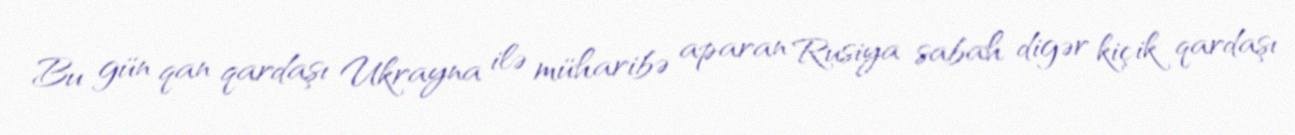
Bu gün qan qardaşı Ukrayna ilə müharibə aparan Rusiya sabah digər kiçik qardaşı